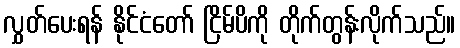
လွှတ်ပေးရန် နိုင်ငံတော် ငြိမ်ပိကို တိုက်တွန်းလိုက်သည်။